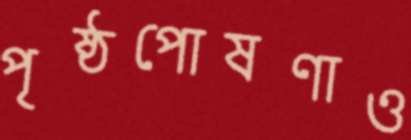
পৃষ্ঠপোষণাও